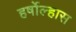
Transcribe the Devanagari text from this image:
हर्षोल्हास